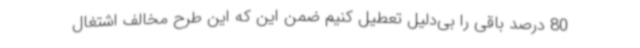
80 درصد باقی را بی‌دلیل تعطیل کنیم ضمن این که این طرح مخالف اشتغال